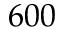
6 0 0